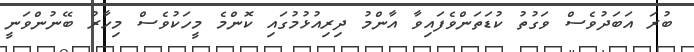
ބުރަ އަބަދުވެސް ވަގުތު ކުޑަތަންވެފައިވާ އާންމު ދިރިއުޅުމުގައި ކޮންމެ މީހަކުވެސް މިހާރު ބޭނުންވަނީ